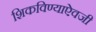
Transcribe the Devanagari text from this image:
शिकविण्याऐवजी